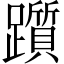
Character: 躓